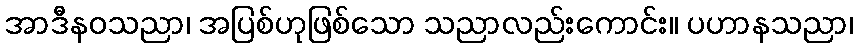
အာဒီနဝသညာ၊ အပြစ်ဟုဖြစ်သော သညာလည်းကောင်း။ ပဟာနသညာ၊